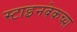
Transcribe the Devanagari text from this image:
स्टाइनबेकच्या